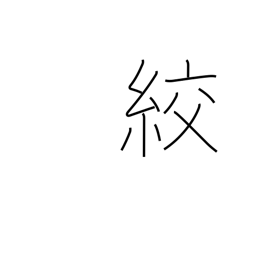
Meaning: strangle